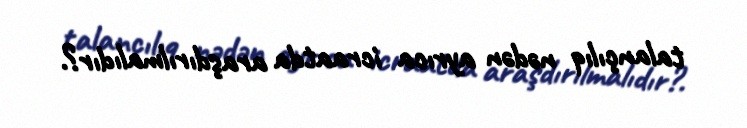
talançılıq nədən ayrıca icraatda araşdırılmalıdır?.